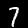
Label: 7